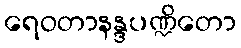
ရေဝတာနန္ဒပဏ္ဍိတော